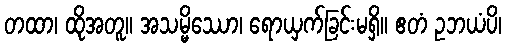
တထာ၊ ထိုအတူ။ အသမ္မိဿော၊ ရောယှက်ခြင်းမရှိ။ ဧတံ ဥဘယံပိ၊